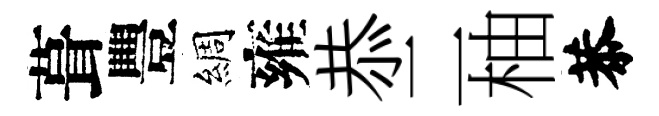
葺豐綢雍恭二柚恭